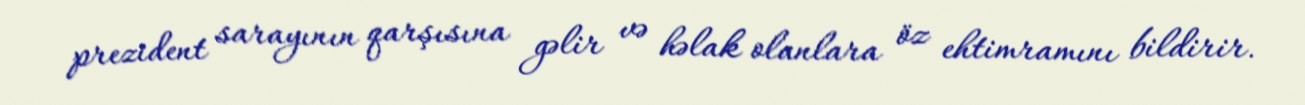
prezident sarayının qarşısına gəlir və həlak olanlara öz ehtimramını bildirir.